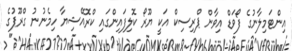
އިންޓަމިލާނުގެ ފޯވަޑް އިވާން ޕްރިސިކް އަކީ ޔޫރޯ ކޮލިފައިންގައި ކްރޮއޭޝިޔާ ހިމެނުނު ގްރޫޕުގެ